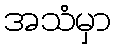
အသံမှာ